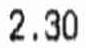
2.30